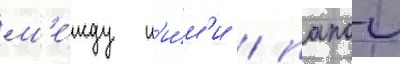
м'е́жду н'и́м'и / папои